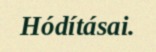
Hódításai.